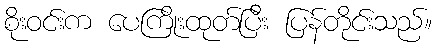
စိုးဝင်းက ပေကြိုးထုတ်ပြီး ပြန်တိုင်းသည်။